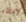
الخطاء